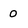
Character: 0